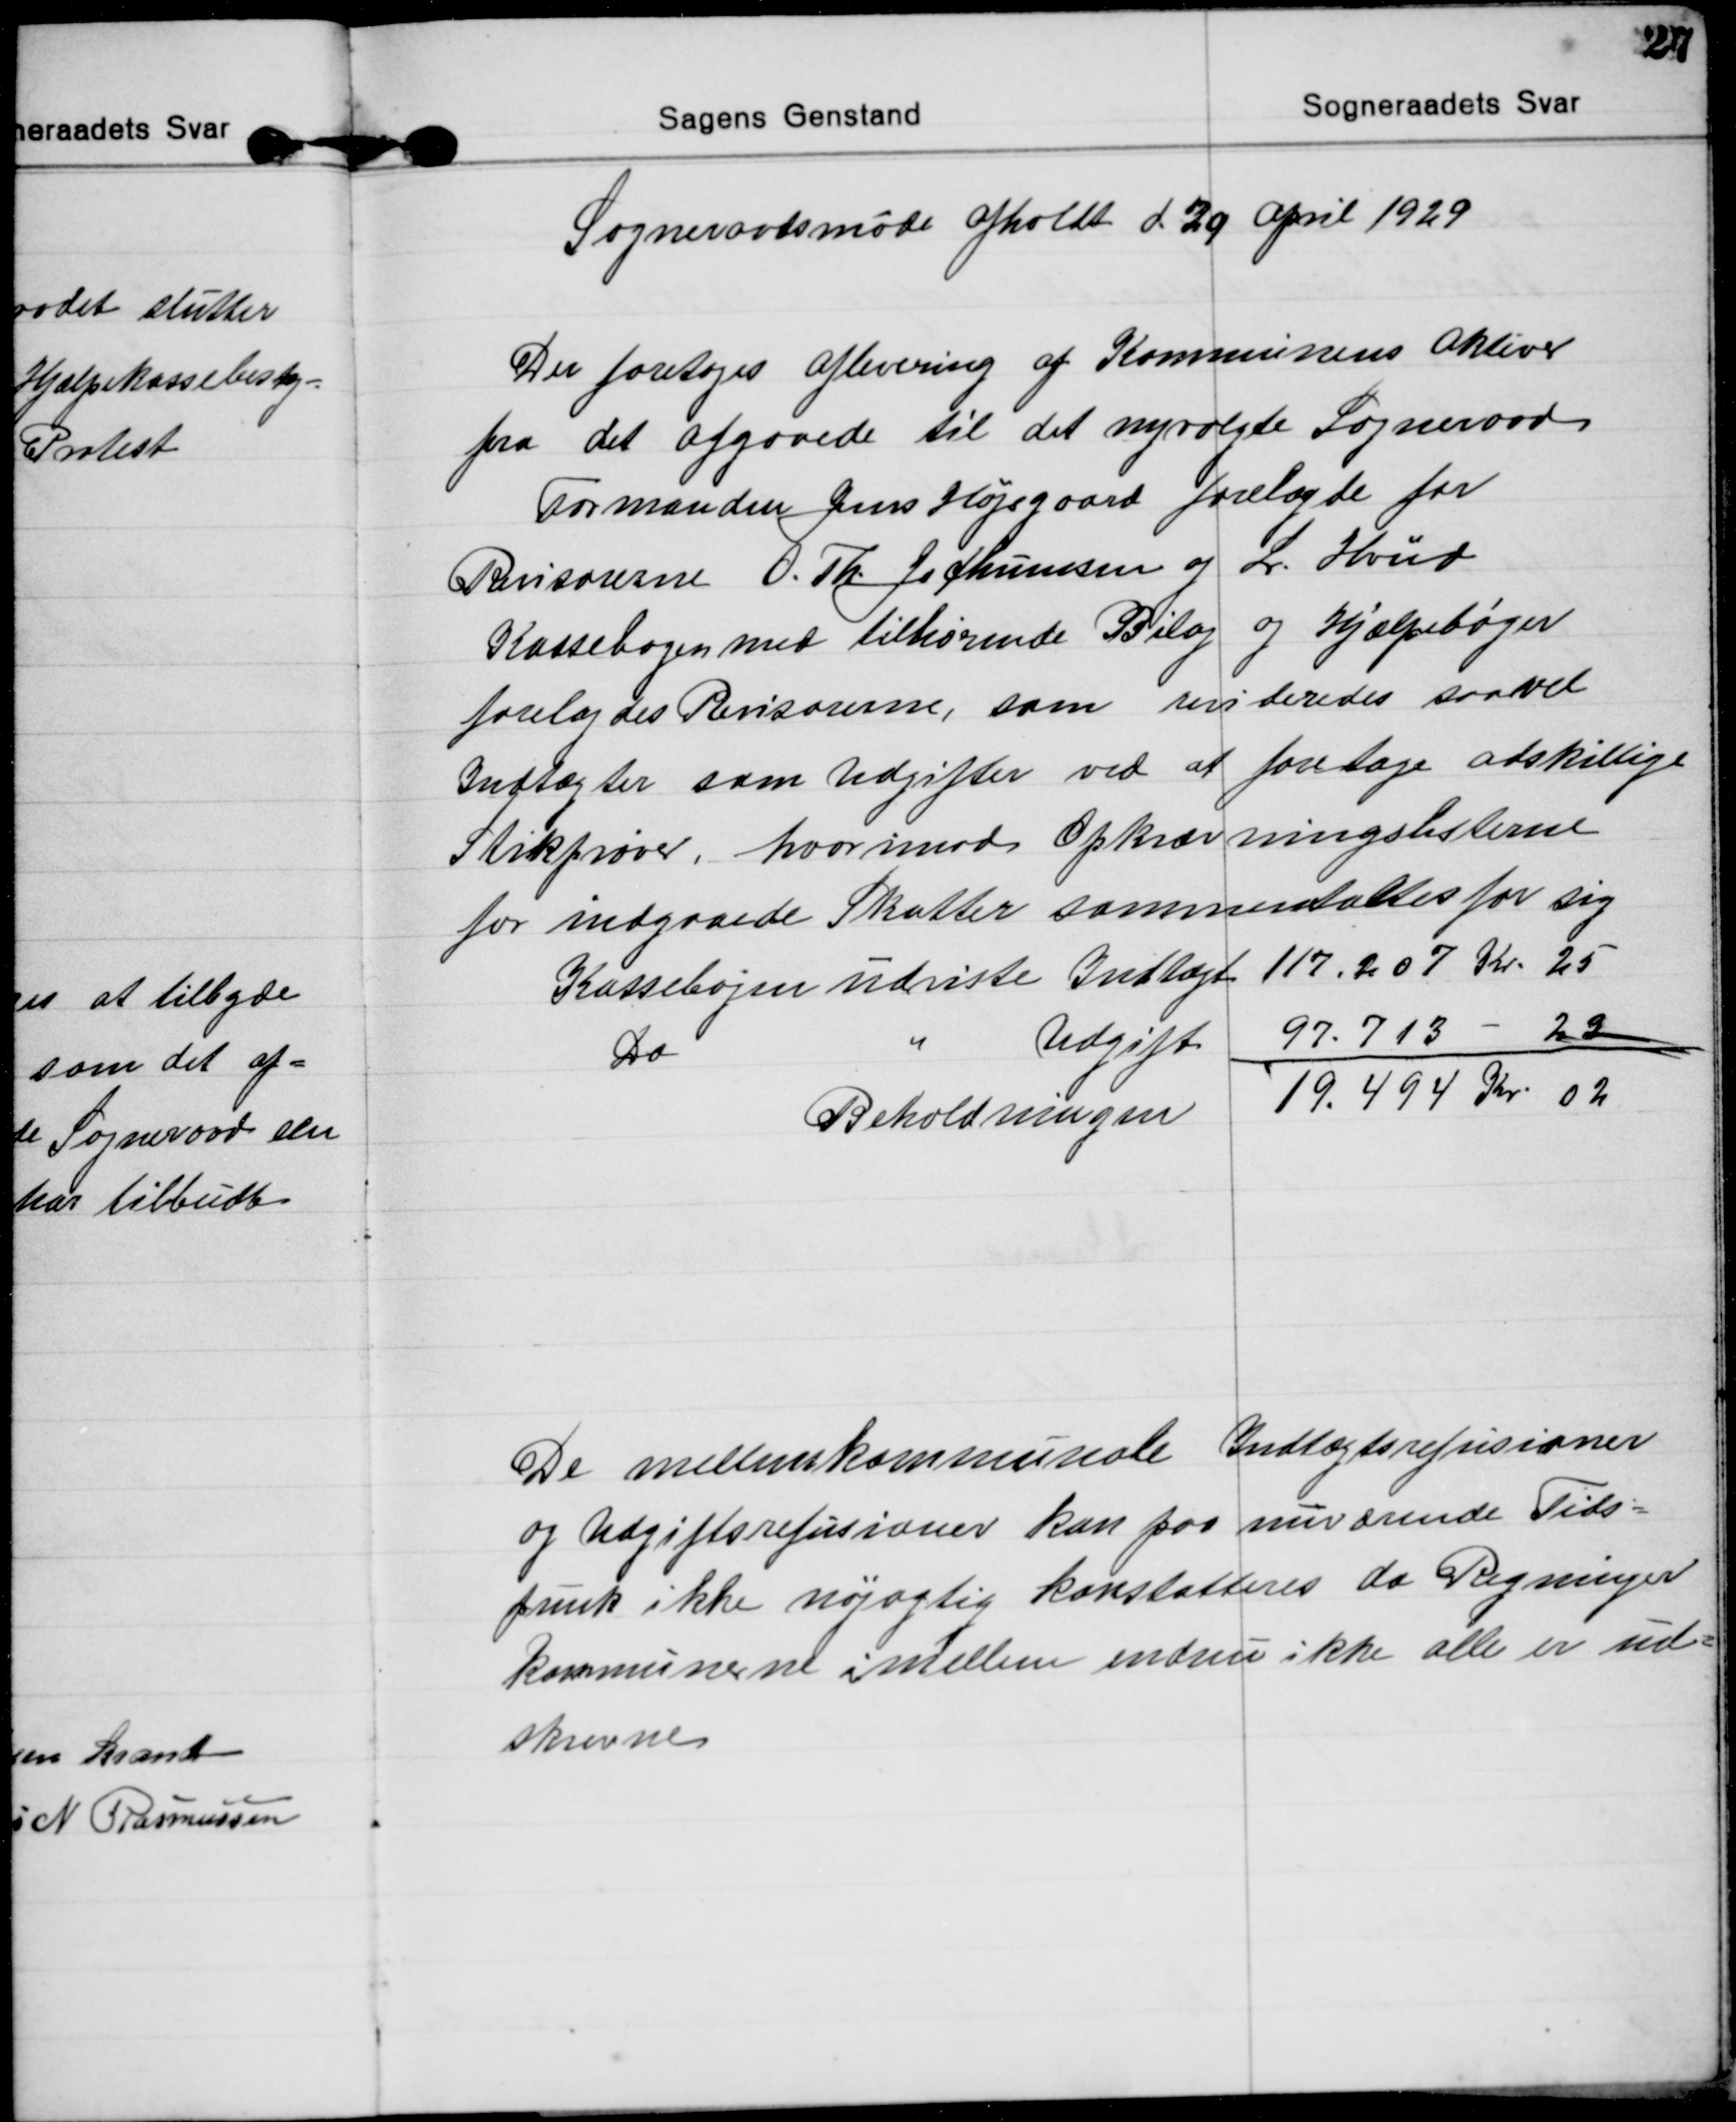
Transskription:
Sogneraadsmøde afholdt d. 29 April 1929
Der foretoges Aflevering af Kommunens Aktiver
fra det afgaaede til det nyvalgte Sogneraad
Formanden Jens Højsgaard forelagde for
Revisorerne O. Th. Jochumsen og L. Hviid
Kassebogen med tilhørende Bilag og Hjælpebøger
forelagdes Revisorerne, som revideredes saavel
Indtægter som Udgifter ved at foretage adskillige
Stikprøver, hvorimod Opkrævningslisterne
for indgaaede Skatter sammentaltes for sig
Kassebogen udviste Indtægt 117.207 Kr. 25
Do 
Udgift 97.713 - 23
Beholdningen 
19.494 Kr 02

De mellemkommunale Indtægtsrefusioner
og Udgiftsrefusioner kan paa nuværende Tids=
punk ikke nøjagtig konstatteres da Regninger
kommunerne imellem endnu ikke alle er ud=
skrevne